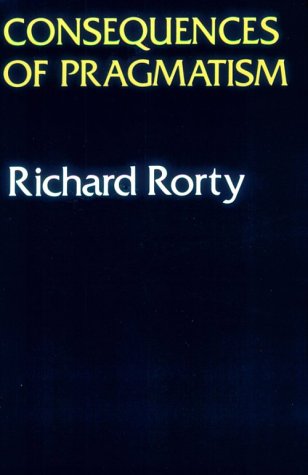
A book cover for Consequences Of Pragmatism: Essays 1972-1980; Richard Rorty; Politics & Social Sciences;